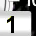
Digit: 1